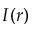
I ( r )